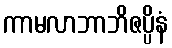
ကာမလာဘာဘိဇပ္ပိနံ